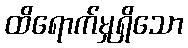
ထိရောက်မှုရှိသော